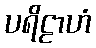
ပရိဠာဟံ